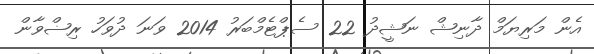
އެން މަރިޔަމް ދާނިޝް ނަޝީދު 22 ސެޕްޓެމްބަރު 2014 ވަނަ ދުވަހު ރިޟްވާން